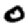
Digit: 0